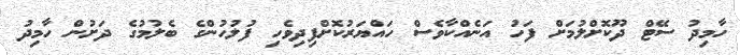
ހާމިދު ސޭޓް ދޫކޮށްލުމަށް ފަހު އަނެއްކާވެސް ހައްޔަރުކޮށްފިދިވެހި ފުލުހުންގެ ބެލުމުގެ ދަށުން ހާމިދު